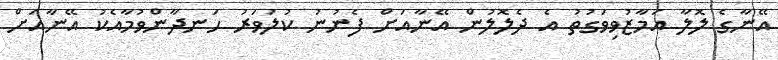
އޭނާގެ ލޮލާ އަމާޒުވިވަގުތު އެ ދެލޮލުން އޭނާއަށް ފެނުނު ކުލަވަރު ހަނދާންވުމާއެކު އޭނާއަށް